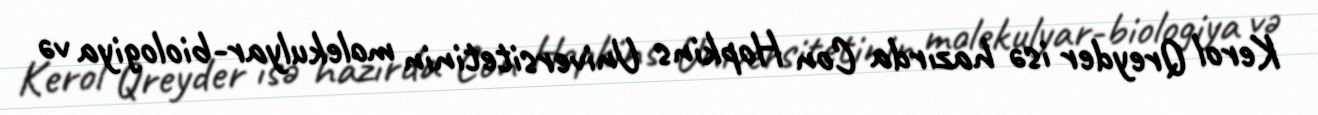
Kerol Qreyder isə hazırda Con Hopkins Universitetinin molekulyar-biologiya və